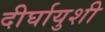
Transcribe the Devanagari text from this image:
दीर्घायुशी